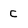
Character: C